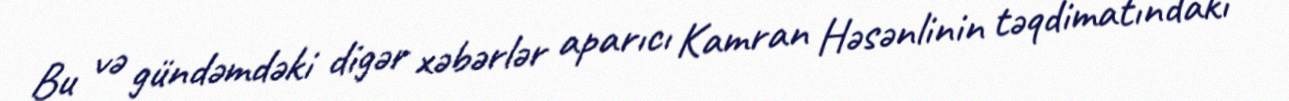
Bu və gündəmdəki digər xəbərlər aparıcı Kamran Həsənlinin təqdimatındakı